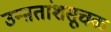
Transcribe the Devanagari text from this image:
उन्ऩतांशसूचक